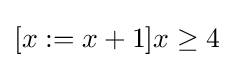
[x:=x+1]x\geq 4\,\!